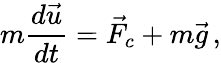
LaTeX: m\frac{d\vec{u}}{dt}=\vec{F}_{c}+m\vec{g}\, ,